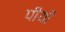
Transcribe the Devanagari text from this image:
पीयों